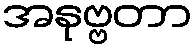
အနုဗ္ဗတာ